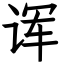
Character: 诨